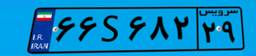
۲۸S۰۵۵۳۱